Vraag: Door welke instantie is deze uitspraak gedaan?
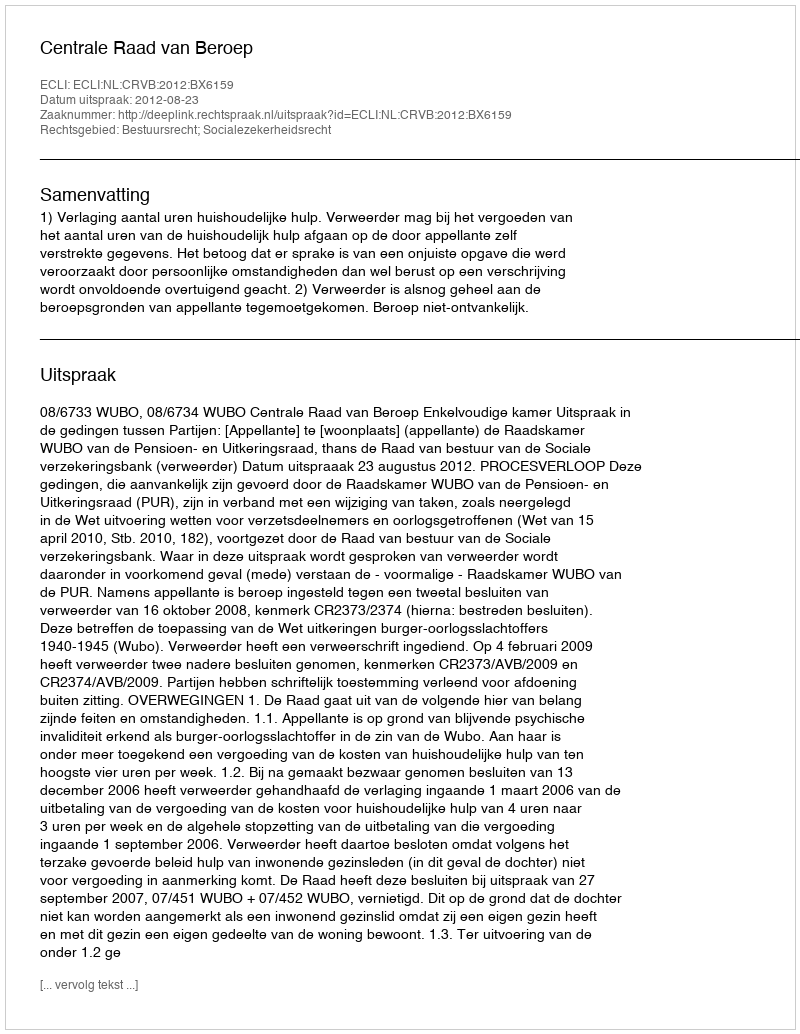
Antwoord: Centrale Raad van Beroep